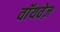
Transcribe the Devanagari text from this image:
वॉयवेज़